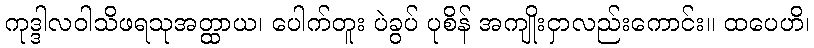
ကုဒ္ဒါလဝါသိဖရသုအတ္ထာယ၊ ပေါက်တူး ပဲခွပ် ပုစိန် အကျိုးငှာလည်းကောင်း။ ထပေဟိ၊